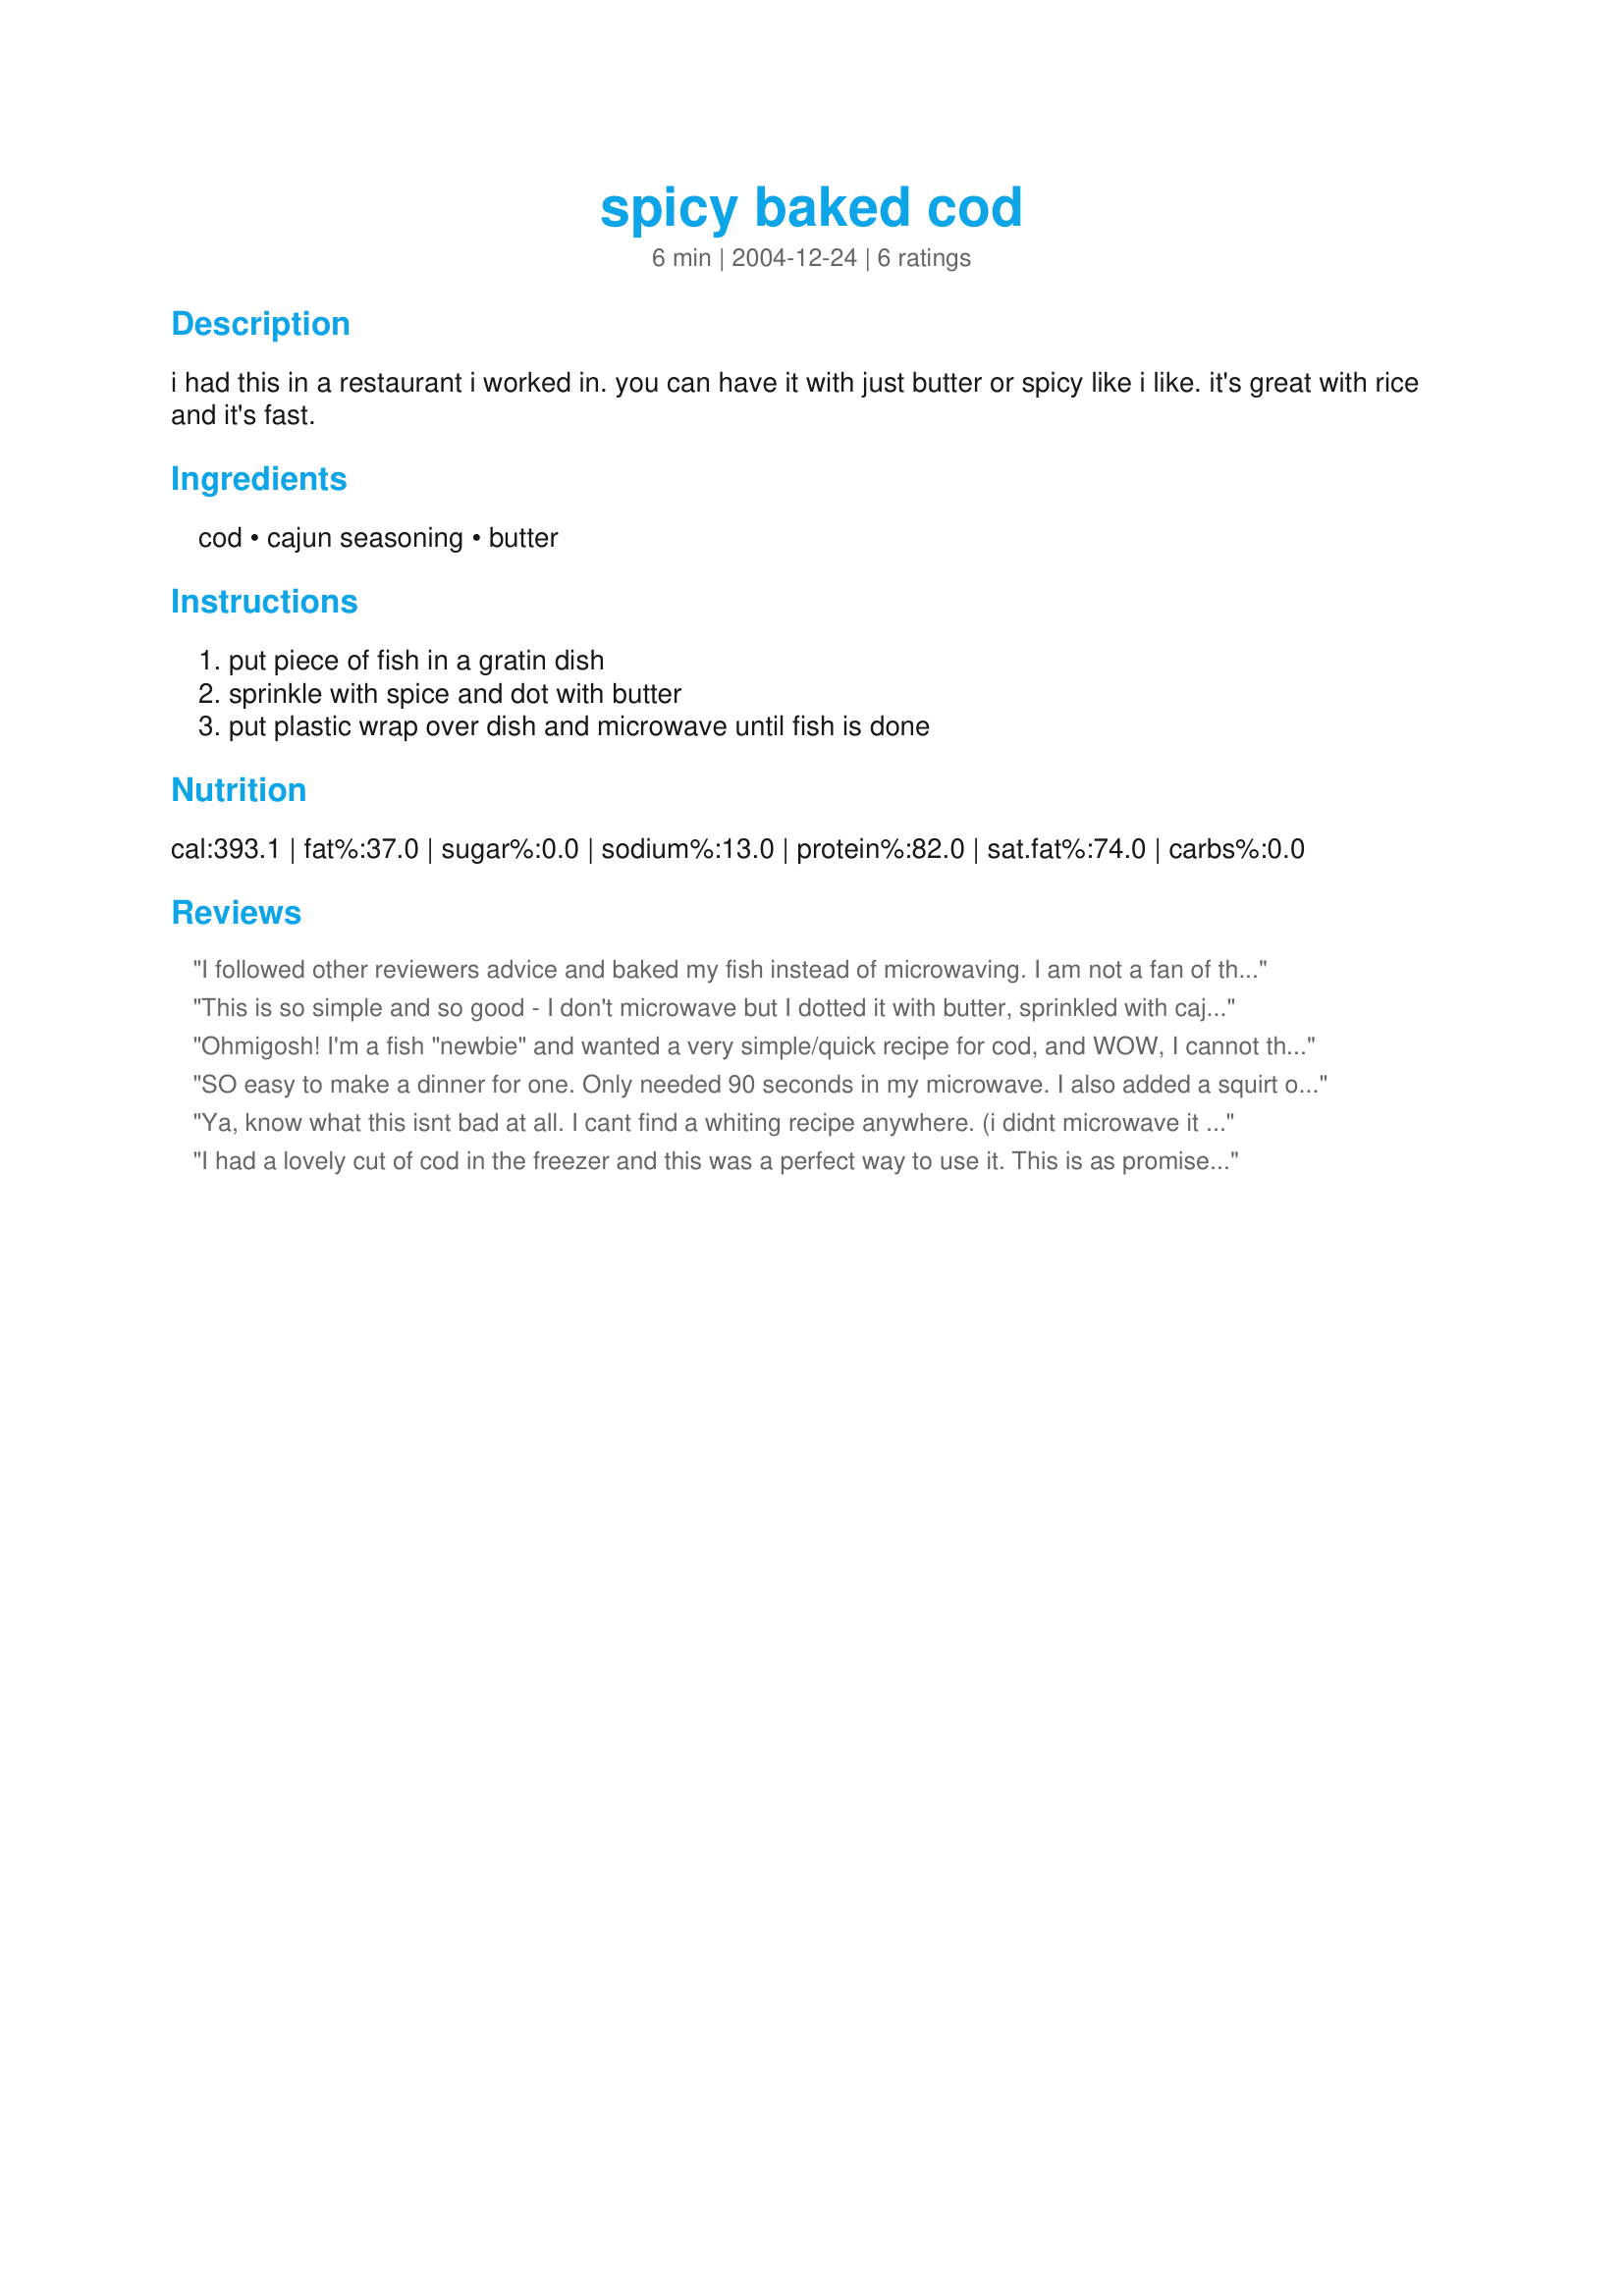
spicy baked cod
Preparation time: 6 minutes

i had this in a restaurant i worked in. you can have it with just butter or spicy like i like. it's great with rice and it's fast.

Ingredients:
cod, cajun seasoning, butter

Steps:
put piece of fish in a gratin dish, sprinkle with spice and dot with butter, put plastic wrap over dish and microwave until fish is done

Reviews:
I followed other reviewers advice and baked my fish instead of microwaving. I am not a fan of the texture of cod when baked, so I used flounder. My son is a huge fan of Red Lobster, and I've had their flounder....this is 10 times better! As mentioned above, I baked for about 12 minutes at 375 covered with foil. Served with the butter drippings in a tiny bowl to enjoy with the fish. Yummy! A definite do again recipe....so quick, so easy, and very tasty!
 This is so simple and so good - I don't microwave but I dotted it with butter, sprinkled with cajun spice covered it with foil and baked in 375f oven for 15 minutes served with lemon wedges & Tartar sauce also had English Peas, African carrots & mashed potatoes. I used 
Chilean Sea Bass Great dinner thanks dienia bennett - lovely recipe Added comments: 13 Mar
I made this recipe again just like the first time I served this to a very picky eater and she loved it. Normally eats half of what she is served and she ate the whole serving - Believe me this is a compliment Thanks again
Ohmigosh! I'm a fish "newbie" and wanted a very simple/quick recipe for cod, and WOW, I cannot thank you enough for this recipe. YUM! I followed the reviewers below and baked at 375 for 15 mins, covered in foil (for fear of rubbery microfish), used Creole seasoning and butter, and it was absolutely wonderful. Thanks for a terrific recipe!
SO easy to make a dinner for one. Only needed 90 seconds in my microwave. I also added a squirt of fresh lemon juice.
Ya, know what this isnt bad at all. I cant find a whiting recipe anywhere. (i didnt microwave it either, but yes it can be done) cooked it in the toasted oven w/ oil (didnt have butter) and cajun seasoning.. and its really good!!

Kudos for the easiest fish dinner ive ever made! 
 Stop by and check out a few of my recipes!!!
I had a lovely cut of cod in the freezer and this was a perfect way to use it. This is as promised, spicey, but not to strong. I used the over @375 for 12 mins and it came out beautiful, both to look at and to eat, I would certainly make this again.
